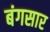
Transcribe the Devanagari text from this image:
बंगसार